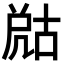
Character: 𡲞